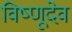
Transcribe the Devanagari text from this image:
विष्णूदेव